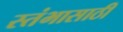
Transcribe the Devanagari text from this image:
स्तंभासाठी